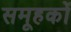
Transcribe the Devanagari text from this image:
समूहकों